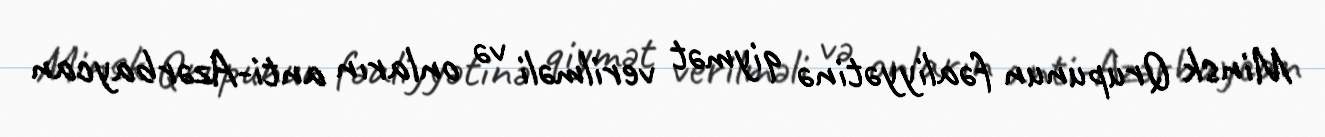
Minsk Qrupunun fəaliyyətinə qiymət verilməli və onların anti-Azərbaycan